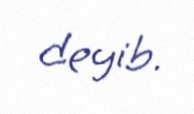
deyib.